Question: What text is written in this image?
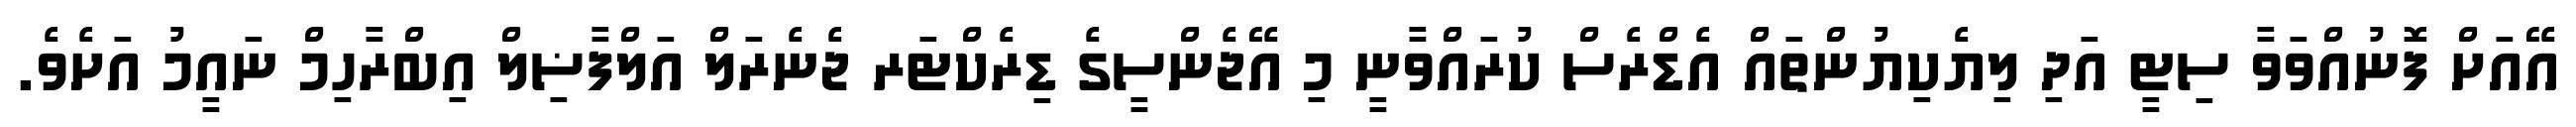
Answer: އޭއަށް ފޮނުއްވަވާ ސިޓީ އަދި ލިޔެކިޔުންތައް އެޑްރެސް ކުރައްވާނީ މި އޭޖެންސީގެ ޑިރެކްޓަރ ޖެނެރަލް އަލްފާޟިލް އިބްރާހިމް ނައީމު އަށެވެ.